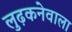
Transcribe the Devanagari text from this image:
लुढ़कनेवाला